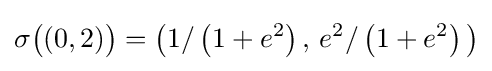
\sigma {\bigl (}(0,2){\bigr )}={\bigl (}1/\left(1+e^{2}\right),\,e^{2}/\left(1+e^{2}\right){\bigr )}